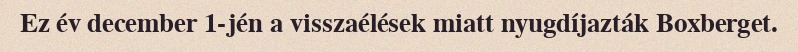
Ez év december 1-jén a visszaélések miatt nyugdíjazták Boxberget.